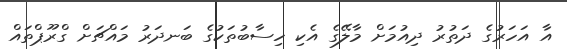
އާ އަހަރުގެ ދަތުރު ދިއުމަށް މާލޭގެ އެކި ހިސާބުތަކުގެ ބަނދަރު މައްޗަށް ގްރޫޕްތައް